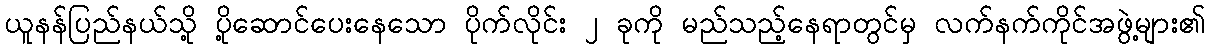
ယူနန်ပြည်နယ်သို့ ပို့ဆောင်ပေးနေသော ပိုက်လိုင်း ၂ ခုကို မည်သည့်နေရာတွင်မှ လက်နက်ကိုင်အဖွဲ့များ၏